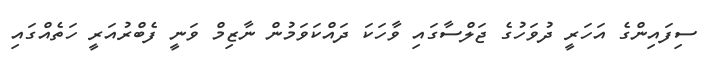
ސިފައިންގެ އަހަރީ ދުވަހުގެ ޖަލްސާގައި ވާހަކަ ދައްކަވަމުން ނާޒިމް ވަނީ ފެބްރުއަރީ ހަތެއްގައި